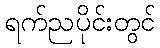
ရက်ညပိုင်းတွင်